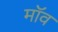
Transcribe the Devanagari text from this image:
मॉव